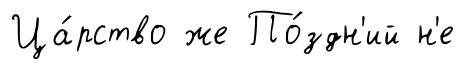
Ца́рство же По́здн'ий н'е